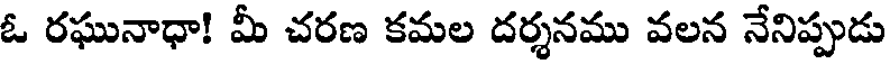
ఓ రఘునాధా! మీ చరణ కమల దర్శనము వలన నేనిప్పుడు